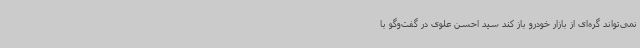
نمی‌تواند گره‌ای از بازار خودرو باز کند سید احسن علوی در گفت‌وگو با